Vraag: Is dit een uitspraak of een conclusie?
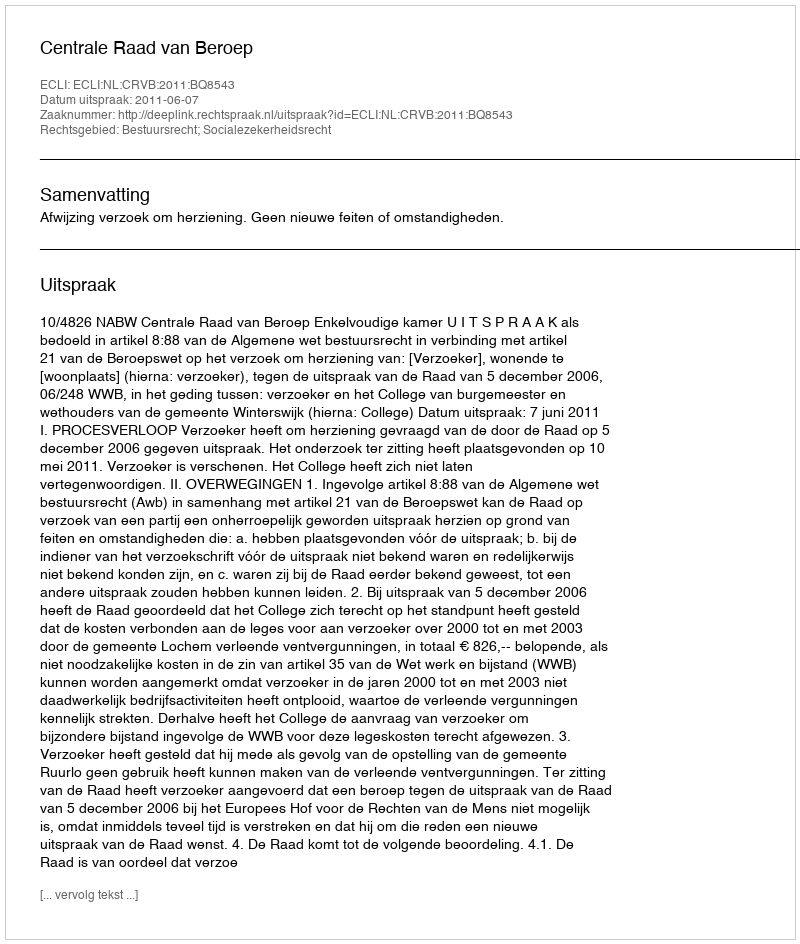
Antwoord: Uitspraak